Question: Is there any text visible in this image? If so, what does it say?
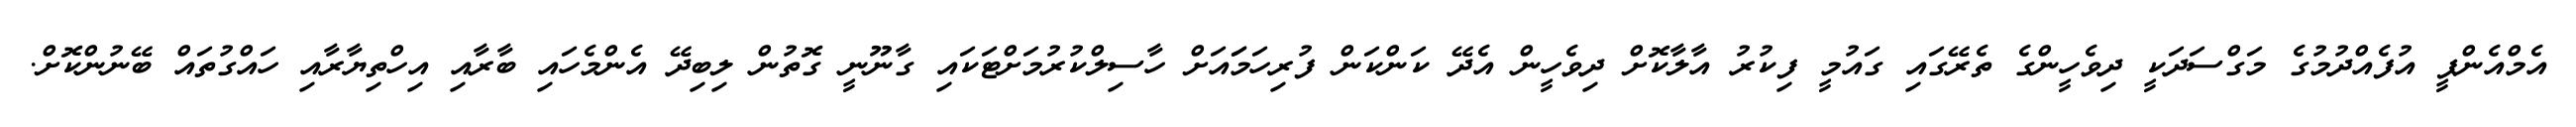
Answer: އެމްއެންޕީ އުފެއްދުމުގެ މަގްސަދަކީ ދިވެހީންގެ ތެރޭގައި ގައުމީ ފިކުރު އާލާކޮށް ދިވެހީން އެދޭ ކަންކަން ފުރިހަމަައަށް ހާސިލްކުރުމަށްޓަކައި ގާނޫނީ ގޮތުން ލިބިދޭ އެންމެހައި ބާރާއި އިހްތިޔާރާއި ހައްގުތައް ބޭނުންކޮށް.